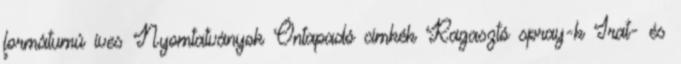
formátumú íves Nyomtatványok Öntapadó címkék Ragasztó spray-k Irat- és